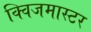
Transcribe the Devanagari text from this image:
क्विजमास्टर